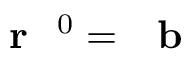
\textrm { \textbf { r } } ^ { 0 } = \textrm { \textbf { b } }